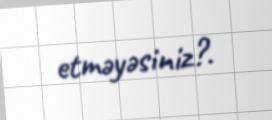
etməyəsiniz?.